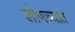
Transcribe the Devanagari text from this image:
लोणच्यात